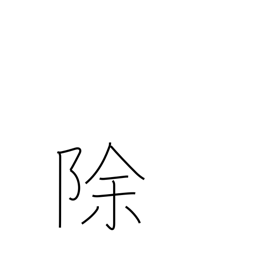
Meaning: except